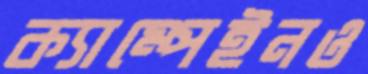
ক্যাম্পেইনও